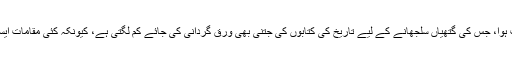
میرے لیے ستین جو آستھان تاریخ سے بھرپور ایک ایسا باب ثابت ہوا، جس کی گتھیاں سلجھانے کے لیے تاریخ کی کتابوں کی جتنی بھی ورق گردانی کی جائے کم لگتی ہے، کیونکہ کئی مقامات ایسے بھی ہوتے ہیں جن کی تاریخ کا سرا ملنا بہت کٹھن ہوجاتا ہے۔